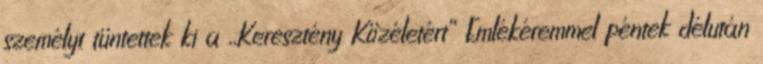
személyt tüntettek ki a ,,Keresztény Közéletért” Emlékéremmel péntek délután